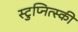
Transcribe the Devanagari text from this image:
स्टुप्नित्स्की